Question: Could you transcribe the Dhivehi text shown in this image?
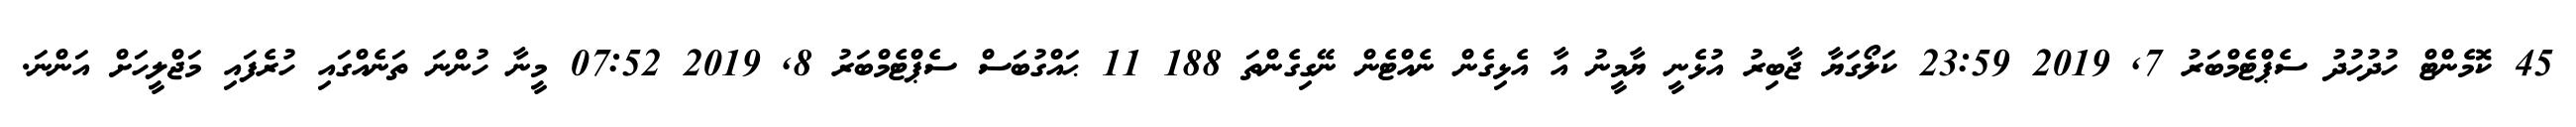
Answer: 45 ކޮމެންޓް ހުދުހުދު ސެޕްޓެމްބަރު 7, 2019 23:59 ކަލޯގަޔާ ޖާބިރު އުޅެނީ ޔާމީނު އާ އެޅިގެން ނެއްޓެން ނޭގިގެންތަ 188 11 ޙައްގުބަސް ސެޕްޓެމްބަރު 8, 2019 07:52 މީނާ ހުންނަ ތަނެއްގައި ހުރެފައި މަޖްލީހަށް އަންނަ.